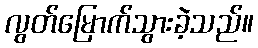
လွတ်မြောက်သွားခဲ့သည်။